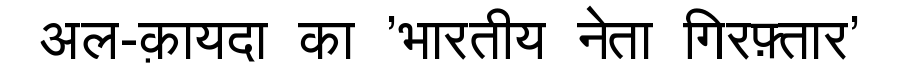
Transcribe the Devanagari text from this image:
अल-क़ायदा का 'भारतीय नेता गिरफ़्तार'